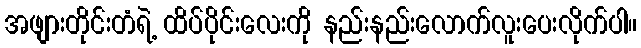
အဖျားတိုင်းတံရဲ့ ထိပ်ပိုင်းလေးကို နည်းနည်းလောက်လူးပေးလိုက်ပါ။